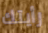
رأيتك